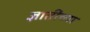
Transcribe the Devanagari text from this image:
ज्ञातींच्या